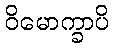
ဝိမောက္ခာပိ